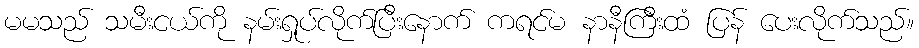
မမသည် သမီးငယ်ကို နမ်းရှုပ်လိုက်ပြီးနောက် ကရင်မ နာနီကြီးထံ ပြန် ပေးလိုက်သည်။